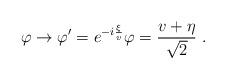
LaTeX: \begin{align*}\varphi \rightarrow \varphi ^{\prime }=e^{-i\frac{\xi }{v}}\varphi =\frac{v+\eta }{\sqrt{2}}~.\end{align*}